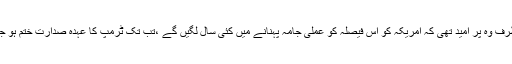
انکا خدشہ تھا کہ ٹرمپ کا یہ اعلان مغربی ایشیا کو عدم استحکام سے دوچار کریگا، مگر دوسری طرف وہ پر امید تھی کہ امریکہ کو اس فیصلہ کو عملی جامہ پہنانے میں کئی سال لگیں گے ،تب تک ٹرمپ کا عہدہ صدارت ختم ہو جائیگا اور شاید نئی انتظامیہ احمقانہ اعلانات کے بجائے امن مساعی کی طرف توجہ مرکو ز کریگی۔